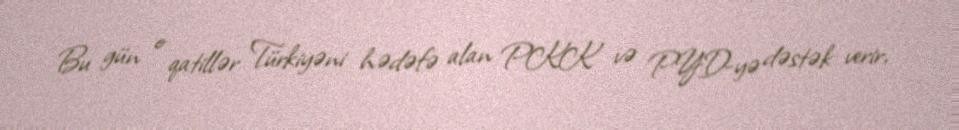
Bu gün o qatillər Türkiyəni hədəfə alan PKK və PYD-yə dəstək verir,